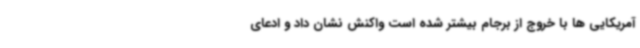
آمریکایی ها با خروج از برجام بیشتر شده‌ است واکنش نشان داد و ادعای